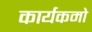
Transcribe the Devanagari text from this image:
कार्यकमो